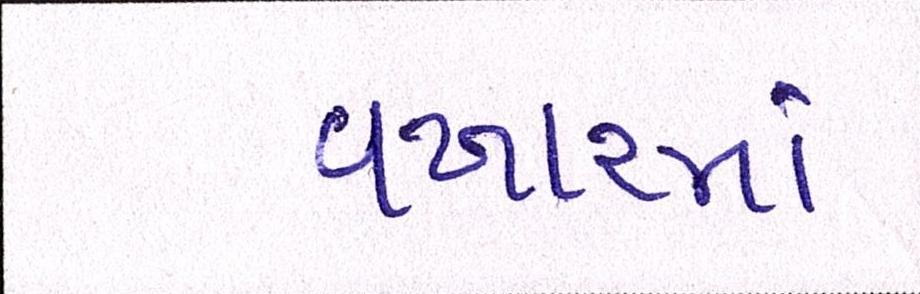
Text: વખારમાં